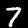
Digit: 7